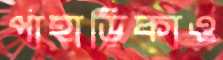
পাহাড়িকাও